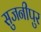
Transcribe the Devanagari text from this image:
सुजनीपुर